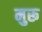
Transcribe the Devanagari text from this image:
मुरू